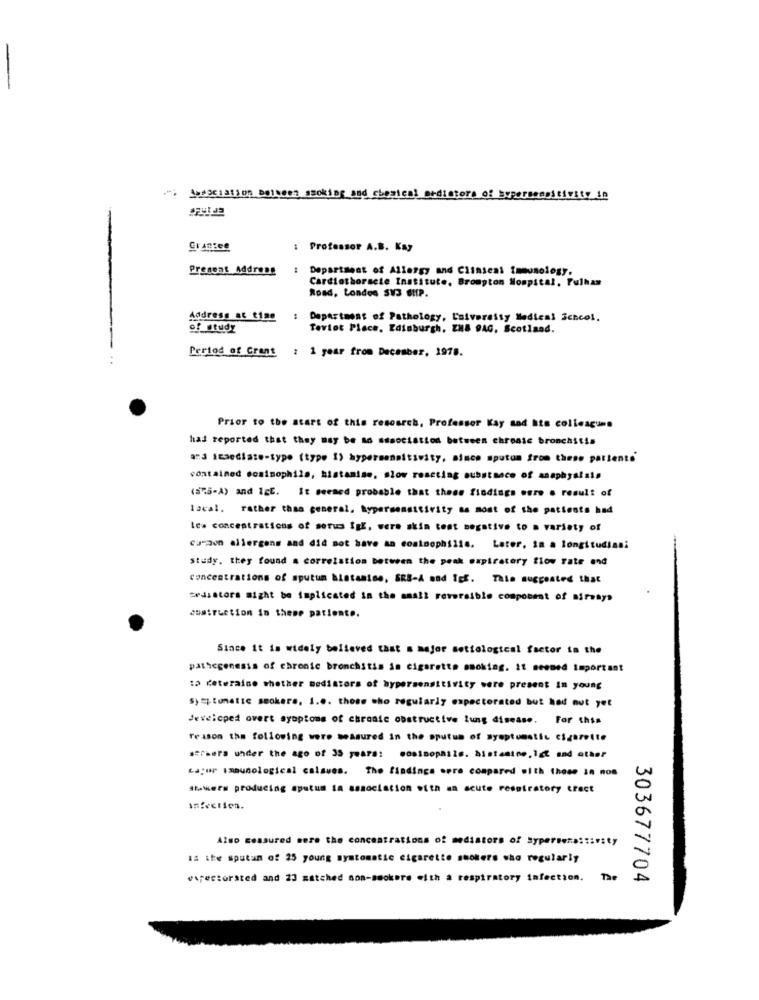
-
."; Association Ballert ssoking and chemical andistors of Supersensitivity in
Gransee
: Professor A.B. Kay
Present Address
Department of Allergy and Clinical Immunology.
Cardiothoracte Institute, Brompton Hospital, Fulhas
Road, London SV3 SHIP.
Address ac time
Department of Pathology, Laiveraity Medical Schcol.
of study
Teviet Place, Edinburgh, ZH8 9AG. Scotland.
Period of Crant
: 1 year from December, 1978.
Prior to the start of this research, Professor Kay sad Its colleagues
has reported that they may be ad association between chronic bronchitis
and Immediate-type (type 1) hypersensitivity, since sputum from these patients'
contained ecainophila, histamine. slow roseting substance of anaphyalain
(575-A) and IgC. It seemed probable that these findings sure . result of
local. rather than general, hypersensitivity as most of the patients had
Ica concentrations of sorus igl. were skin teat negative to a variety of
curzon allergens and did not have an conimophilie. Later. in a longitudinni
study. they found a correlation between the peak expiratory flow rate and
concentrations of sputum histamine, SRB-A and Igf. Tale suggested that
tedistors might be implicated in the small reversible component of Birsays
comtruction in these patient ..
Since it is widely believed that s mejor sottological factor in the
pathogenesis of chronic bronchitis in cigarette smoking. it seemed important
:o deteraine whether medistors of hypersensitivity were present In young
symptomatic smokers. 1.0. those who regularly expectorated but had not yet
developed overt syoptons of chronic obstructive lung disease. For this
reason the following were measured in the sputum of symptomatic cigarette
strhers under the ago of 35 years: cosimopaals. histamine, Ict and other
Lafur immunological calsves. The findings sere compared with those in nos
Stathers producing sputum in association with an acute respiratory tract
Also Ressured mere the concentrations of mediators of sypersensitivity
Is the sputum of 25 young symtomatic cigarette suckers who regularly
e;estorated and 23 matched non-smokers with a respiratory infection.
303677704